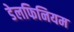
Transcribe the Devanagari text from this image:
डेलफिनियम